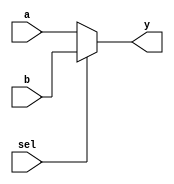
`timescale 1ns / 1ps

module mux2 #(parameter mux_width= 32)
(   input [mux_width-1:0] a,b,
    input sel,
    output [mux_width-1:0] y
    );
    
    assign y = sel ? b : a;
endmodule